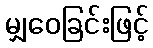
မျှဝေခြင်းဖြင့်